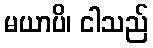
မယာပိ၊ ငါသည်